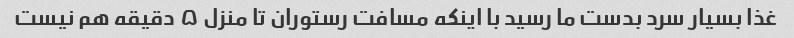
غذا بسیار سرد بدست ما رسید با اینکه مسافت رستوران تا منزل ۵ دقیقه هم نیست